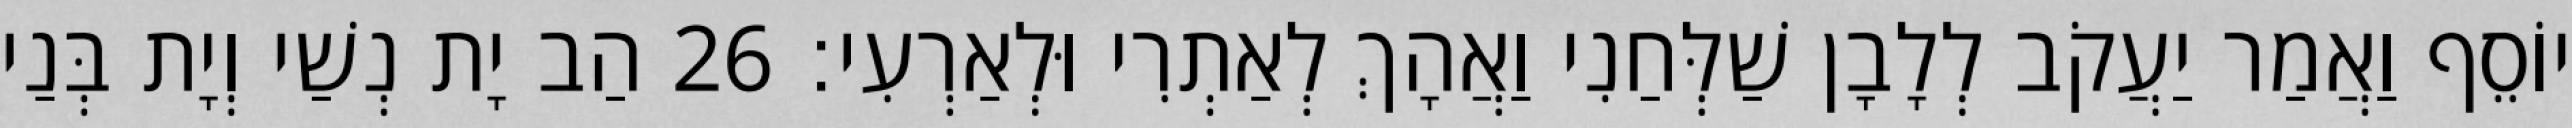
יוֹסֵף וַאֲמַר יַעֲקֹב לְלָבָן שַׁלְּחַנִי וַאֲהָךְ לְאַתְרִי וּלְאַרְעִי׃ 26 הַב יָת נְשַׁי וְיָת בְּנַי